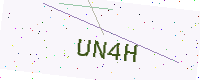
Text: UN4H